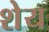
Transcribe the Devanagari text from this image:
शेय